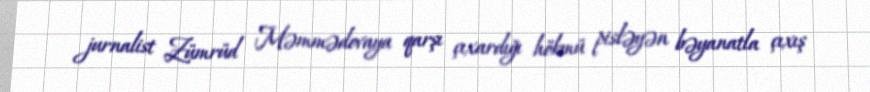
jurnalist Zümrüd Məmmədovaya qarşı çıxardığı hökmü pisləyən bəyanatla çıxış